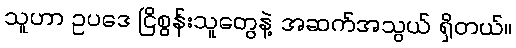
သူဟာ ဥပဒေ ငြိစွန်းသူတွေနဲ့ အဆက်အသွယ် ရှိတယ်။